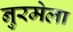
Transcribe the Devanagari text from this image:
नुरमेला